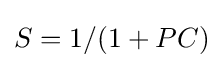
S=1/(1+PC)